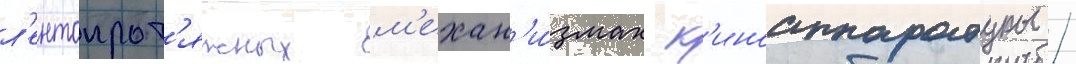
л'ентопрот'яжных м'ехан'и́змах к'иноаппаратуры /